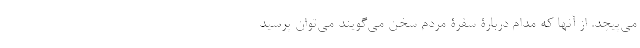
می‌پیچد. از آنها که مدام دربارۀ سفرۀ مردم سخن می‌گویند می‌توان پرسید